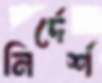
নির্দের্শ